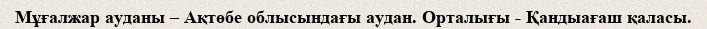
Мұғалжар ауданы – Ақтөбе облысындағы аудан. Орталығы - Қандыағаш қаласы.